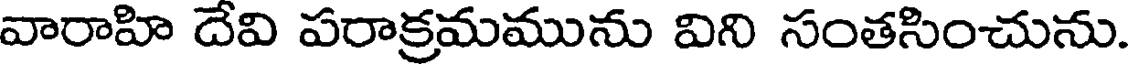
వారాహి దేవి పరాక్రమమును విని సంతసించును.